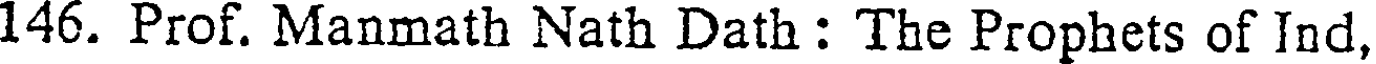
146. Prof. Manmath Nath Dath : The Prophets of Ind,